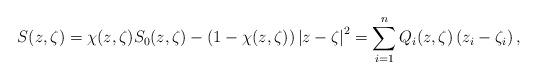
LaTeX: \begin{align*}S(z,\zeta)=\chi(z,\zeta)S_{0}(z,\zeta)-\left(1-\chi(z,\zeta)\right)\left|z-\zeta\right|^{2}=\sum_{i=1}^{n}Q_{i}(z,\zeta)\left(z_{i}-\zeta_{i}\right),\end{align*}